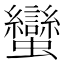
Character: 蠻